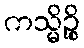
ကသ္မိဉ္စိ